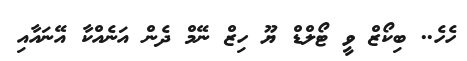
ހެހެ.. ބިކޯޒް ވީ ޓޯލްޑް ޔޫ ހިޒް ނޭމް ދެން އަނެއްކާ އޭނައާއި